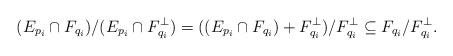
LaTeX: \begin{align*} (E_{p_i}\cap F_{q_i})/(E_{p_i}\cap F_{q_i}^\perp) = ((E_{p_i}\cap F_{q_i}) + F_{q_i}^\perp) / F_{q_i}^\perp \subseteq F_{q_i} / F_{q_i}^\perp.\end{align*}